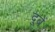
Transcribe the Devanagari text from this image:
दुबें